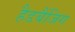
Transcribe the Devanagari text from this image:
हैडबैंजिग